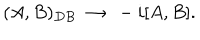
( A , B ) _ { D B } \ \to \ - i [ A , B ] .